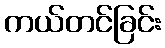
ကယ်တင်ခြင်း